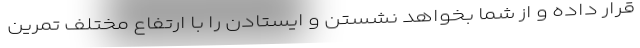
قرار داده و از شما بخواهد نشستن و ایستادن را با ارتفاع مختلف تمرین